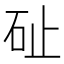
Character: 砋